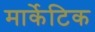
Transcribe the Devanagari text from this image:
मार्केटिक